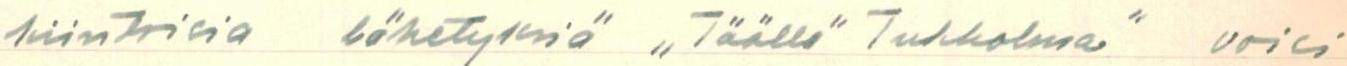
kiintoisia lähetyksiä ,,Täällä Tukholma" voisi